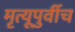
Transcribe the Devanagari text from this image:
मृत्यूपुर्वीच